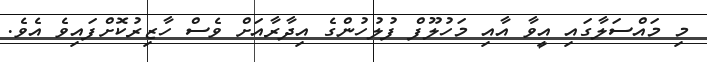
މި މައްސަލާގައި އީވާ އާއި މަހުލޫފް ފުލުހުންގެ އިދާރާއަށް ވެސް ހާޒިރުކޮށްފައިވެ އެވެ.